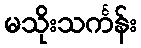
မသိုးသင်္ကန်း